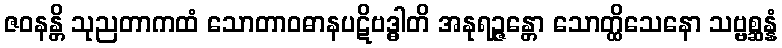
ဇဝနန္တိ သုညတာကထံ သောတာဝဓာနပဋိဗဒ္ဓါတိ အနုရဉ္ဇန္တော သောတ္ထိသေနော သဗ္ဗစ္ဆန္နံ